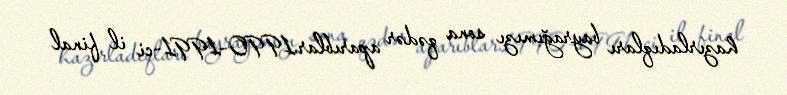
hazırladıqları bayrağımızı sona qədər aparıblar.1990–1991-ci il final